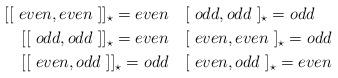
LaTeX: \begin{align*}\lbrack\lbrack\ even,even \ ]]_{\star}=even& \quad\lbrack\ odd,odd\ ]_{\star}=odd\\\lbrack\lbrack\ odd,odd \ ]]_{\star}=even& \quad\lbrack\ even,even\ ]_{\star}=odd\\\lbrack\lbrack\ even,odd \ ]]_{\star}=odd& \quad\lbrack\ even,odd\ ]_{\star}=even\end{align*}